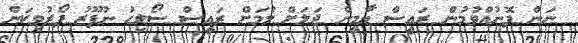
ނަން ފޮނުއްވުމުން ރައީސް ޔާމީން ޖަލަށް ލުމަށް ރައީސް ސޯލިހު ނުފޫޒު ފޯރުވިކަން